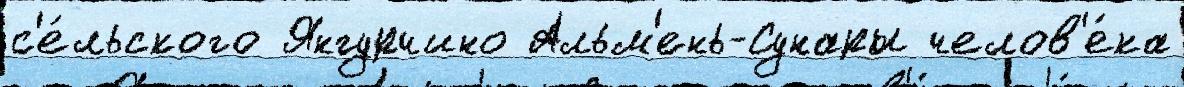
с'е́льского Янгурчино Альм'ень-Сунары челов'е́ка